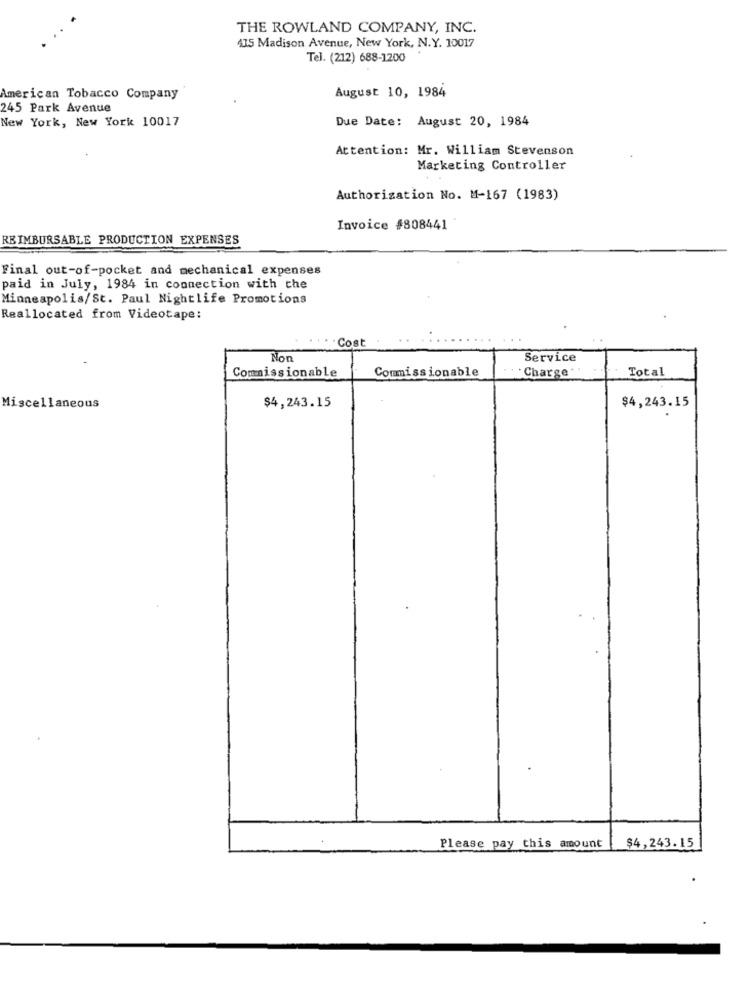
THE ROWLAND COMPANY, INC.
435 Madison Avenue, New York, N.Y. 10017
Tel. (212) 688-1200
August 10, 1984
American Tobacco Company
245 Park Avenue
New York, New York 10017
Due Date: August 20, 1984
Attention: Mr. William Stevenson
Marketing Controller
Authorization No. M-167 (1983)
Invoice #808441
REIMBURSABLE PRODUCTION EXPENSES
Final out-of-pocket and mechanical expenses
paid in July, 1984 in connection with the
Minneapolis/St. Paul Nightlife Promotions
Reallocated from Videotape:
Cost
Non
Service
Commissionable
Commissionable
Charge "
Total
$4,243.15
Miscellaneous
$4,243.15
Please pay this amount
$4,243.15